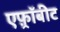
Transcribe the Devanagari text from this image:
एफ़्रॉबीट